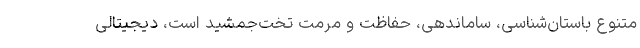
متنوع باستان‌شناسی، ساماندهی، حفاظت و مرمت تخت‌جمشید است، دیجیتالی